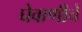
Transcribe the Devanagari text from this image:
घेवाणीचे